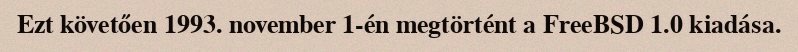
Ezt követően 1993. november 1-én megtörtént a FreeBSD 1.0 kiadása.